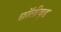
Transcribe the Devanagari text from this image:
छॉलीवुड